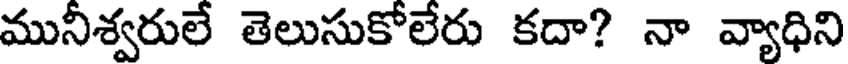
మునీశ్వరులే తెలుసుకోలేరు కదా? నా వ్యాధిని